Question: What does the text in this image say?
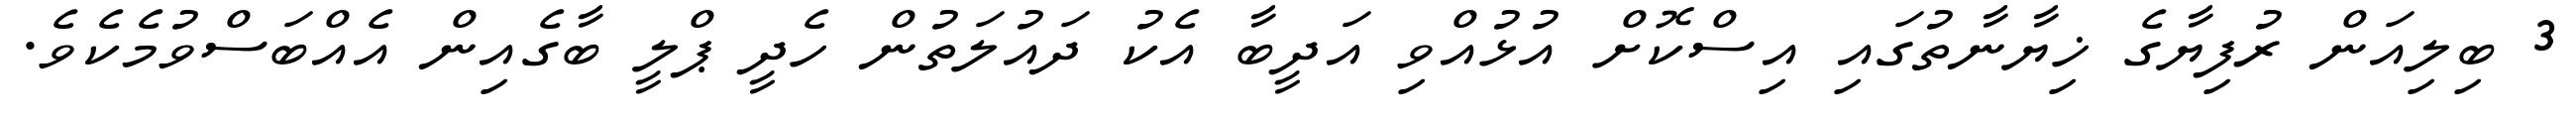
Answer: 3 ބިލިއަން ރުފިޔާގެ ޚިޔާނާތުގައި އިސްކޮށް އުޅުއްވި އަދީބާ އެކު ދައުލަތުން ހެދީ ޕްލީ ބާގެއިން އެއްބަސްވުމެކެވެ.